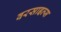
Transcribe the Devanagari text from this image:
वरसाइल्स